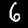
Label: 6